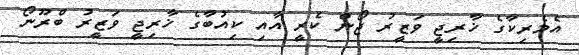
އެމެރިކާގެ ޚާރިޖީ ވަޒީރު ޖޯން ކެރީ އާއި ކިއުބާގެ ޚާރިޖީ ވަޒީރު ބްރޫނޯ